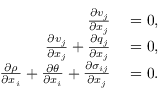
\begin{array} { r l } { \frac { \partial v _ { j } } { \partial x _ { j } } } & { { } = 0 , } \\ { \frac { \partial v _ { j } } { \partial x _ { j } } + \frac { \partial q _ { j } } { \partial x _ { j } } } & { { } = 0 , } \\ { \frac { \partial \rho } { \partial x _ { i } } + \frac { \partial \theta } { \partial x _ { i } } + \frac { \partial \sigma _ { i j } } { \partial x _ { j } } } & { { } = 0 . } \end{array}